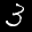
Label: 3